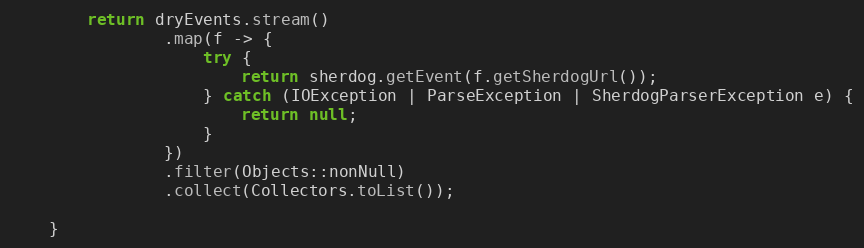
Language: Java
        return dryEvents.stream()
                .map(f -> {
                    try {
                        return sherdog.getEvent(f.getSherdogUrl());
                    } catch (IOException | ParseException | SherdogParserException e) {
                        return null;
                    }
                })
                .filter(Objects::nonNull)
                .collect(Collectors.toList());

    }